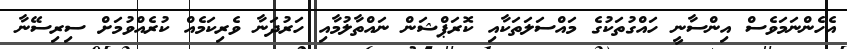
އެހެންނަމަވެސް އިންސާނީ ހައްގުތަކުގެ މައްސަލަތަކާއި ކޮރަޕްޝަން ނައްތާލުމާއި ހަރުދަނާ ވެރިކަމެއް ކުރެއްވުމަށް ސިރިސޭނާ